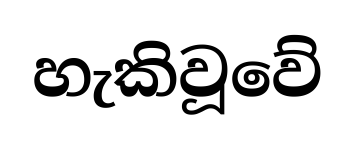
හැකිවූවේ